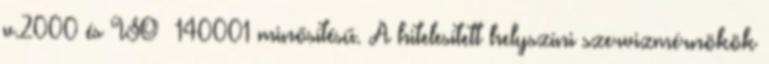
v.2000 és ISO® 140001 minősítésű. A hitelesített helyszíni szervizmérnökök